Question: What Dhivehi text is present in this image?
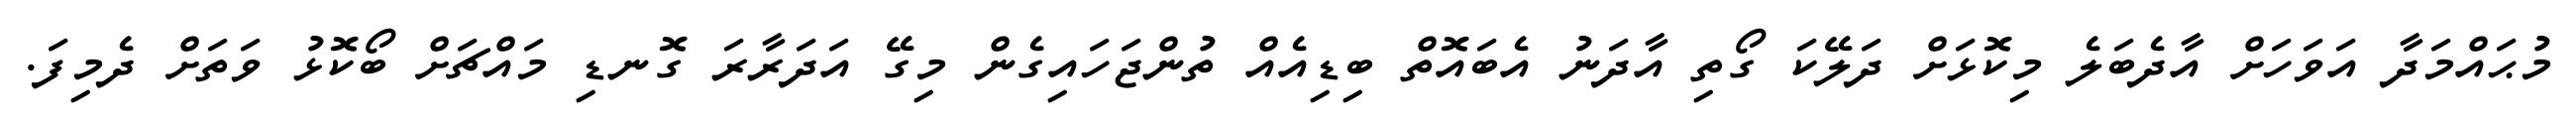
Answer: މުޙައްމަދާ އަވަހަށް އާދެބަލެ މިކޮޅަށް ދަލޭކަ ގޯތި އާދަނު އެބައޮތް ބިޑިއެއް ތުންޖަހައިގެން މިގޭ އަދަރާރަ ގޮނޑި މައްޗަށް ބޯކޮޅު ވަތަށް ދެމިފަ.